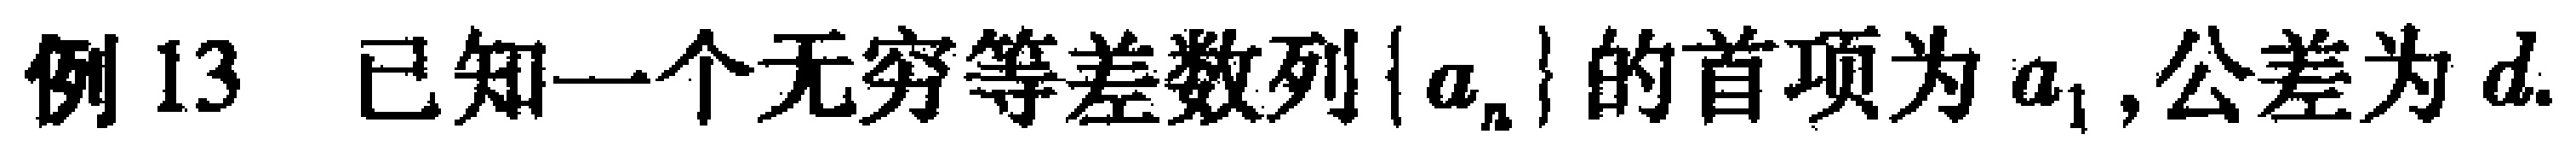
例13 已知一个无穷等差数列\(\{a_{n}\}\)的首项为\(a_{1}\),公差为\(d\).